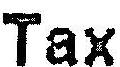
TAX